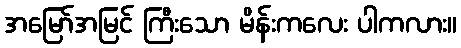
အမြော်အမြင် ကြီးသော မိန်းကလေး ပါကလား။